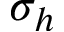
\sigma _ { h }